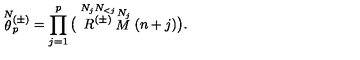
\stackrel { N } { \theta } { } \! \! _ { p } ^ { ( \pm ) } = \prod _ { j = 1 } ^ { p } \big ( \stackrel { N _ { j } N _ { < j } } { R ^ { ( \pm ) } } \stackrel { N _ { j } } { M } ( n + j ) \big ) .